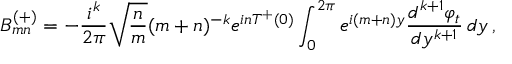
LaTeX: B _ { m n } ^ { ( + ) } = - { \frac { i ^ { k } } { 2 \pi } } \sqrt { { \frac { n } { m } } } ( m + n ) ^ { - k } e ^ { i n T ^ { + } ( 0 ) } \int _ { 0 } ^ { 2 \pi } e ^ { i ( m + n ) y } { \frac { d ^ { k + 1 } \varphi _ { t } } { d y ^ { k + 1 } } } \, d y \, ,